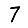
Digit: 7